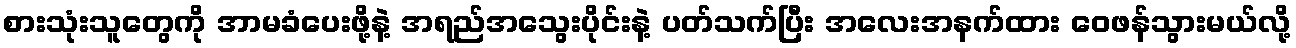
စားသုံးသူတွေကို အာမခံပေးဖို့နဲ့ အရည်အသွေးပိုင်းနဲ့ ပတ်သက်ပြီး အလေးအနက်ထား ဝေဖန်သွားမယ်လို့